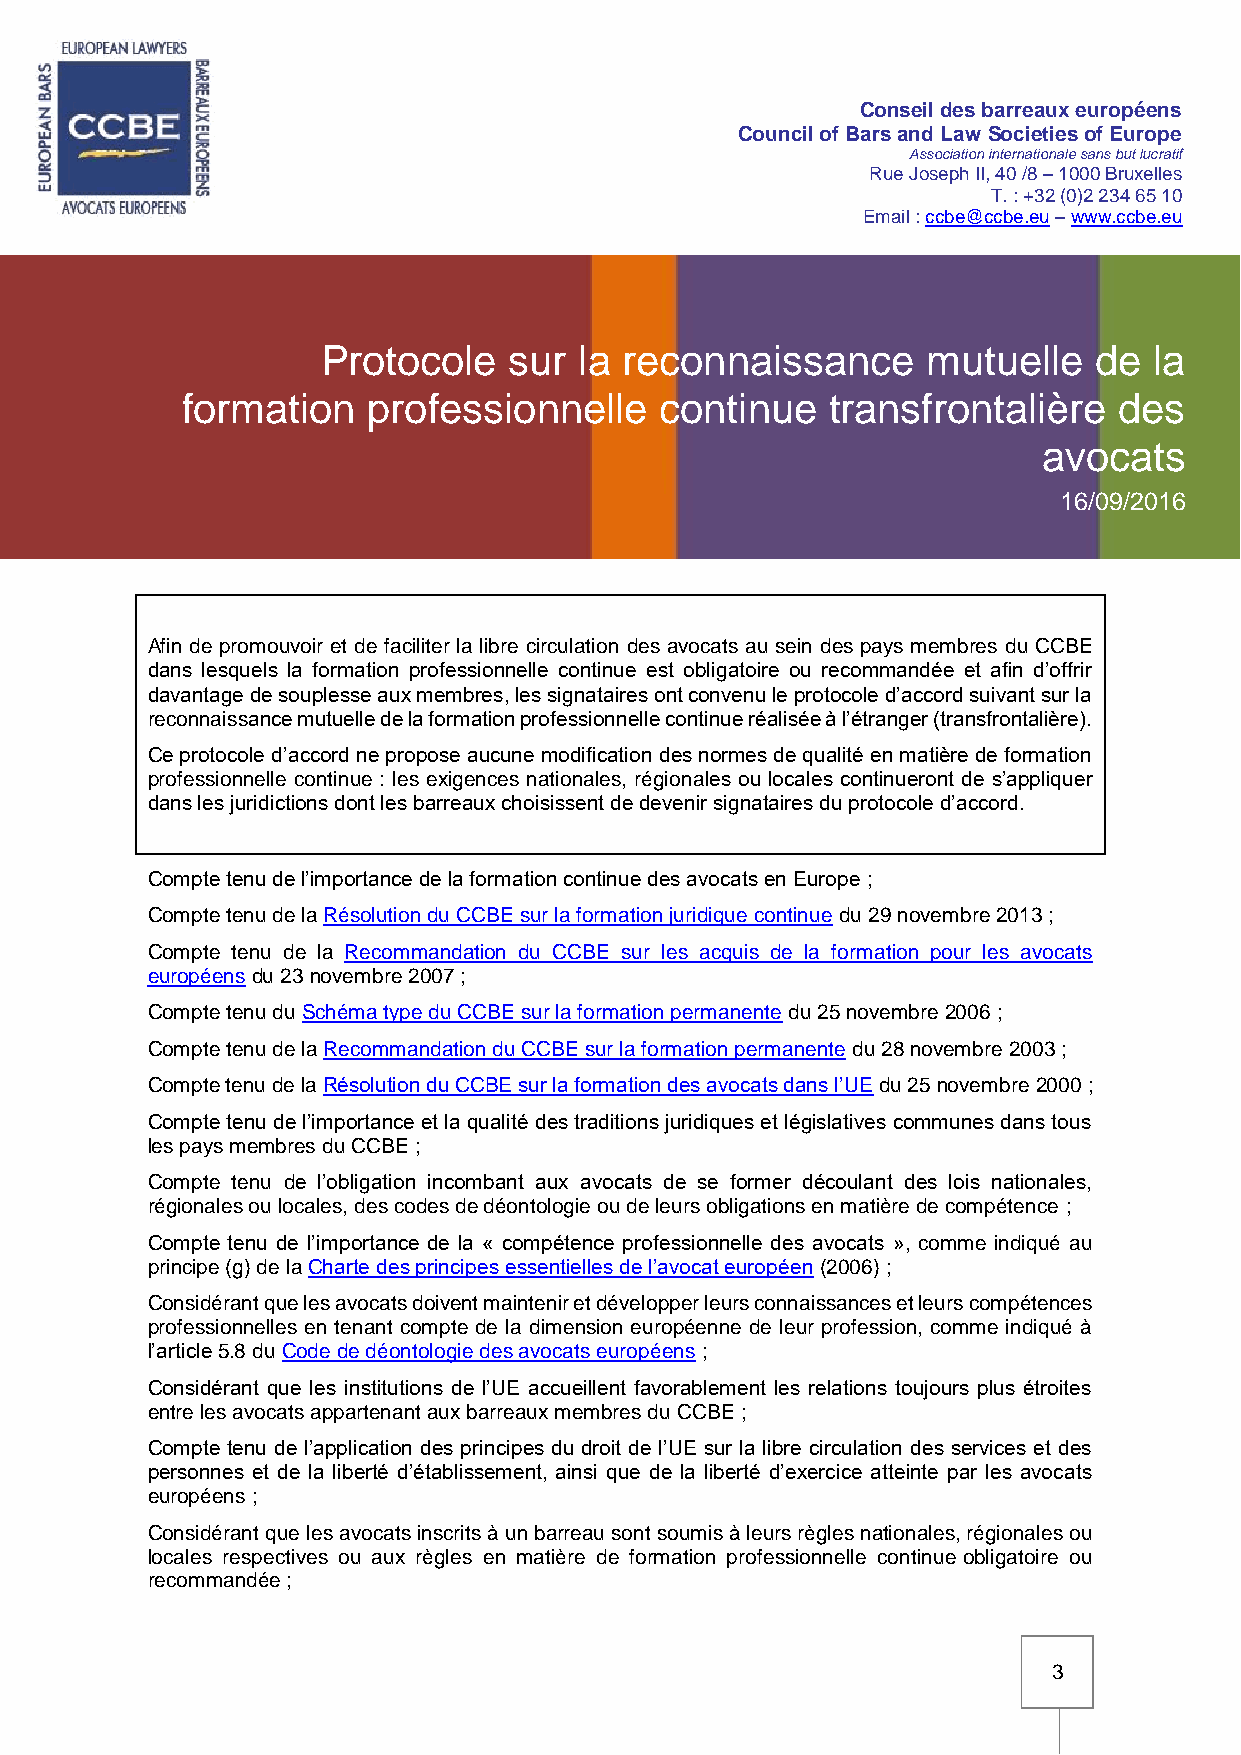
Conseil des barreaux européens
 Council of Bars and Law Societies of Europe
 Association internationale sans but lucratif
 Rue Joseph II, 40 /8 – 1000 Bruxelles
 T. : +32 (0)2 234 65 10
 Email : ccbe@ccbe.eu – www.ccbe.eu
 Protocole    sur la reconnaissance      mutuelle   de  la
 formation   professionnelle     continue   transfrontalière   des
 avocats
 16/09/2016
 Afin de promouvoir et de faciliter la libre circulation des avocats au sein des pays membres du CCBE
 dans lesquels la formation professionnelle continue est obligatoire ou recommandée et afin d’offrir
 davantage de souplesse aux membres, les signataires ont convenu le protocole d’accord suivant sur la
 reconnaissance mutuelle de la formation professionnelle continue réalisée à l’étranger (transfrontalière).
 Ce protocole d’accord ne propose aucune modification des normes de qualité en matière de formation
 professionnelle continue : les exigences nationales, régionales ou locales continueront de s’appliquer
 dans les juridictions dont les barreaux choisissent de devenir signataires du protocole d’accord.
 Compte tenu de l’importance de la formation continue des avocats en Europe ;
 Compte tenu de la Résolution du CCBE sur la formation juridique continue du 29 novembre 2013 ;
 Compte tenu de la Recommandation du CCBE sur les acquis de la formation pour les avocats
 européens du 23 novembre 2007 ;
 Compte tenu du Schéma type du CCBE sur la formation permanente du 25 novembre 2006 ;
 Compte tenu de la Recommandation du CCBE sur la formation permanente du 28 novembre 2003 ;
 Compte tenu de la Résolution du CCBE sur la formation des avocats dans l’UE du 25 novembre 2000 ;
 Compte tenu de l’importance et la qualité des traditions juridiques et législatives communes dans tous
 les pays membres du CCBE ;
 Compte tenu de l’obligation incombant aux avocats de se former découlant des lois nationales,
 régionales ou locales, des codes de déontologie ou de leurs obligations en matière de compétence ;
 Compte tenu de l’importance de la « compétence professionnelle des avocats », comme indiqué au
 principe (g) de la Charte des principes essentielles de l’avocat européen (2006) ;
 Considérant que les avocats doivent maintenir et développer leurs connaissances et leurs compétences
 professionnelles en tenant compte de la dimension européenne de leur profession, comme indiqué à
 l’article 5.8 du Code de déontologie des avocats européens ;
 Considérant que les institutions de l’UE accueillent favorablement les relations toujours plus étroites
 entre les avocats appartenant aux barreaux membres du CCBE ;
 Compte tenu de l’application des principes du droit de l’UE sur la libre circulation des services et des
 personnes et de la liberté d’établissement, ainsi que de la liberté d’exercice atteinte par les avocats
 européens ;
 Considérant que les avocats inscrits à un barreau sont soumis à leurs règles nationales, régionales ou
 locales respectives ou aux règles en matière de formation professionnelle continue obligatoire ou
 recommandée ;
 3